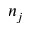
n _ { j }